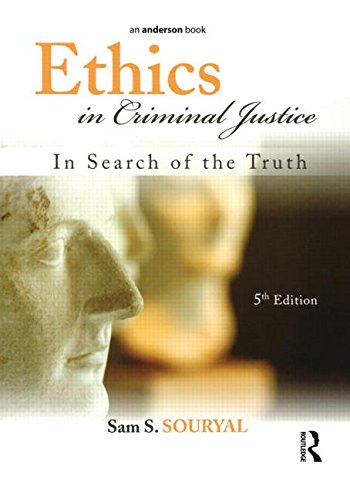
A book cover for Ethics in Criminal Justice: In Search of the Truth; Sam S. Souryal; Law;